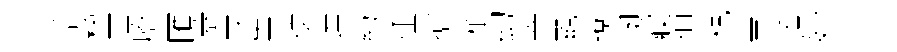
恬楹匡謄匯蓋牙崇俾達葯征搶植幻宰覼遼埏䆿但稅幸遥妙